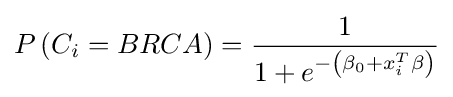
P\left(C_{i}=BRCA\right)={\frac {1}{1+e^{-\left(\beta _{0}+x_{i}^{T}\beta \right)}}}